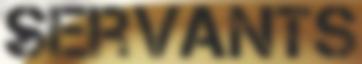
SERVANTS